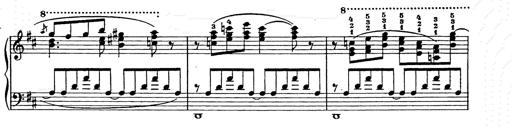
Title: Ballade No.2
Composer: Jan Skrzydlewski
Key: B minor